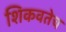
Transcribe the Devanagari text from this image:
शिकवतेच